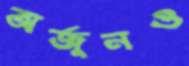
অর্জুনও